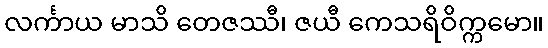
လင်္ကာယ မာသိ တေဇဿီ၊ ဇယီ ကေသရိဝိက္ကမော။